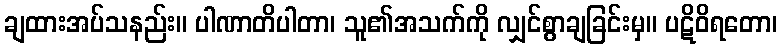
ချထားအပ်သနည်း။ ပါဏာတိပါတာ၊ သူ၏အသက်ကို လျှင်စွာချခြင်းမှ။ ပဋိဝိရတော၊